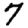
Digit: 7